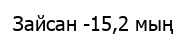
Зайсан -15,2 мың